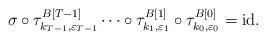
LaTeX: \begin{align*}\sigma\circ\tau^{B[T-1]}_{k_{T-1},\varepsilon_{T-1}}\cdots\circ\tau^{B[1]}_{k_1,\varepsilon_1}\circ\tau^{B[0]}_{k_0,\varepsilon_0}=\mathrm{id}.\end{align*}